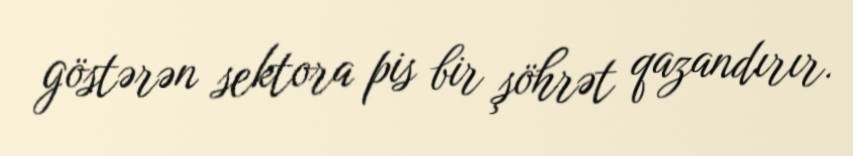
göstərən sektora pis bir şöhrət qazandırır.